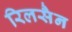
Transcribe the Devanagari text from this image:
रिलसैन